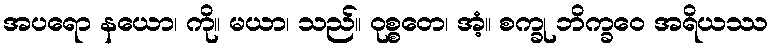
အပရော နယော၊ ကို။ မယာ၊ သည်။ ဝုစ္စတေ၊ အံ့။ စက္ခု ဘိက္ခဝေ အရိယဿ